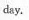
day.